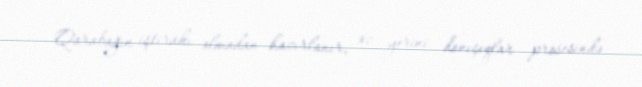
Qarabağın iştirakı olmadan hazırlanır, öz yerini danışıqlar prosesində